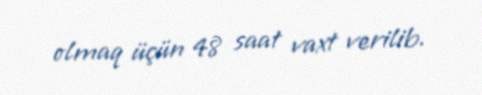
olmaq üçün 48 saat vaxt verilib.